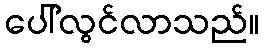
ပေါ်လွင်လာသည်။